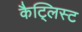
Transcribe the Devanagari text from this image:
कैट्लिस्ट